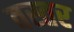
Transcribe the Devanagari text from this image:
वस्तर